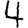
Digit: 4